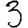
Digit: 3